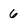
Character: 6